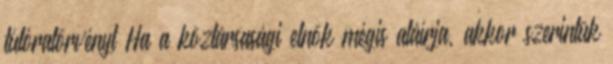
túlóratörvényt Ha a köztársasági elnök mégis aláírja, akkor szerintük